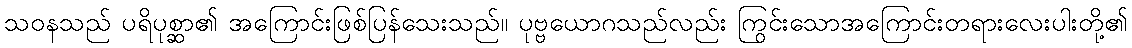
သဝနသည် ပရိပုစ္ဆာ၏ အကြောင်းဖြစ်ပြန်သေးသည်။ ပုဗ္ဗယောဂသည်လည်း ကြွင်းသောအကြောင်းတရားလေးပါးတို့၏